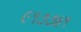
૯૧૭૭૪૧